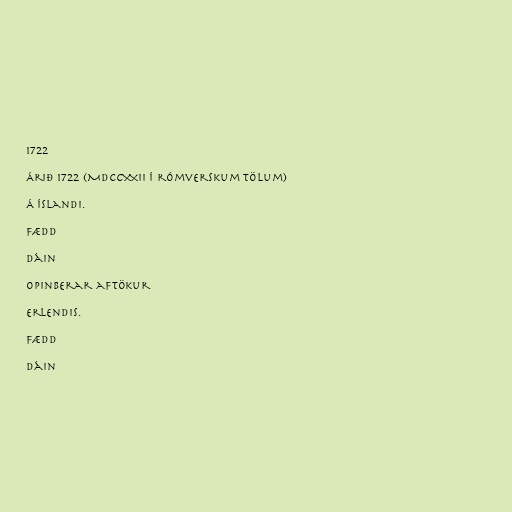
1722

Árið 1722 (MDCCXXII í rómverskum tölum)

Á Íslandi.

Fædd

Dáin

Opinberar aftökur

Erlendis.

Fædd

Dáin